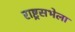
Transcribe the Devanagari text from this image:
राष्ट्रसभेला